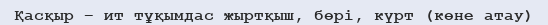
Қасқыр – ит тұқымдас жыртқыш, бөрі, күрт (көне атау)